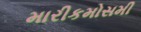
મારીકમોસમી